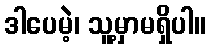
ဒါပေမဲ့၊ သူ့မှာမရှိပါ။